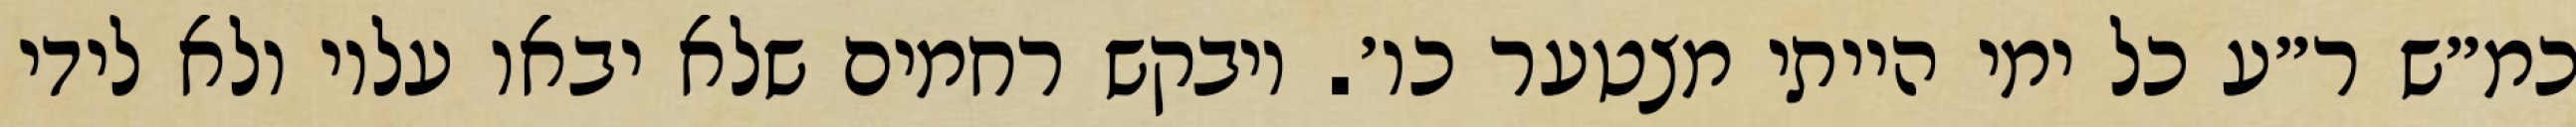
כמ״ש ר״ע כל ימי הייתי מצטער כו׳. ויבקש רחמים שלא יבאו עליו ולא לידי